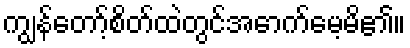
ကျွန်တော့်စိတ်ထဲတွင်အောက်မေ့မိ၏။